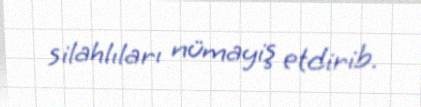
silahlıları nümayiş etdirib.